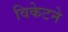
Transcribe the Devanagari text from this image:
विकेटने